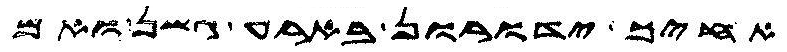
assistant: אחיך ידורון בארע גשן ואם